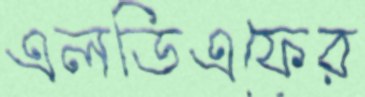
এলডিএফের